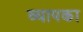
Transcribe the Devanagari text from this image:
व्यापका